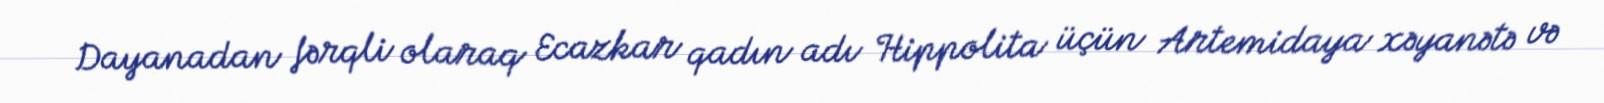
Dayanadan fərqli olaraq Ecazkar qadın adı Hippolita üçün Artemidaya xəyanətə və